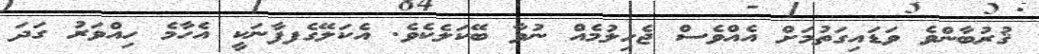
ޤުރުބާންވެ ވަޑައިގަތުމަށް އެއްވެސް ޖެހިލުމެއް ނުވާ ބޭކަލެކެވެ. އެކަލޭގެފފާނަކީ އެހާމެ ހިއްވަރު ގަދަ